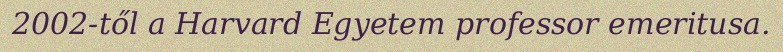
2002-től a Harvard Egyetem professor emeritusa.